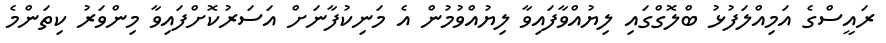
ރައީސްގެ އަމިއްލަފުޅު ބްލޮގްގައި ލިޔުއްވާފައިވާ ލިޔުއްވުމުން އެ މަނިކުފާނަށް އަސަރުކޮށްފައިވާ މިންވަރު ކިތަންމެ